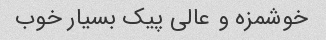
خوشمزه و عالی پیک بسیار خوب